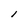
Character: 1